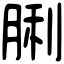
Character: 脷